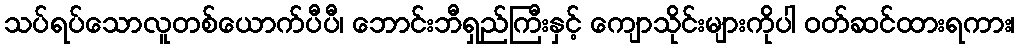
သပ်ရပ်သောလူတစ်ယောက်ပီပီ၊ ဘောင်းဘီရှည်ကြီးနှင့် ကျောသိုင်းများကိုပါ ဝတ်ဆင်ထားရကား၊